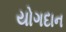
યોગદાન